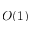
O ( 1 )